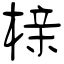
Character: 榇